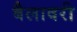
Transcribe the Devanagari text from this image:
बैलावरी